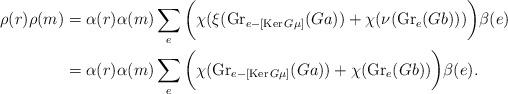
LaTeX: \begin{align*}\rho (r)\rho (m) & = \alpha (r)\alpha (m)\sum_{e}\bigg(\chi (\xi (\textnormal{Gr}_{e-[\textnormal{Ker}\,G\mu ]}(Ga)) + \chi (\nu (\textnormal{Gr}_{e}(Gb)))\bigg)\beta (e) \\& = \alpha (r)\alpha (m)\sum_{e}\bigg(\chi (\textnormal{Gr}_{e-[\textnormal{Ker}\,G\mu ]}(Ga)) + \chi (\textnormal{Gr}_{e}(Gb))\bigg)\beta (e).\end{align*}